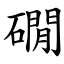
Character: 礀